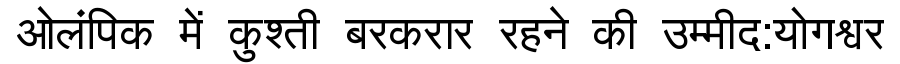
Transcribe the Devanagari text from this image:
ओलंपिक में कुश्ती बरकरार रहने की उम्मीद:योगश्वर